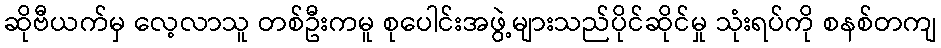
ဆိုဗီယက်မှ လေ့လာသူ တစ်ဦးကမူ စုပေါင်းအဖွဲ့များသည်ပိုင်ဆိုင်မှု သုံးရပ်ကို စနစ်တကျ